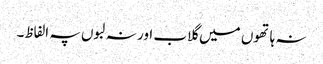
نہ ہاتھوں میں گلاب اور نہ لبوں پہ الفاظ۔